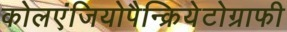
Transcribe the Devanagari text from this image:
कोलएंजियोपैन्क्रियेटोग्राफी